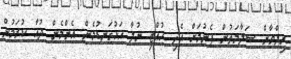
ރިލްވާން ސަލާމަތުން ފެނުމަށް އެދި ހުއްޓި ނުލާ އަޅުގަނޑުމެން އެންމެން ދުއާ ކުރަމުން